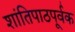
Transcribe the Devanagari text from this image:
शांतिपाठपूर्वक